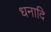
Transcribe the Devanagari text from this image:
धनादि